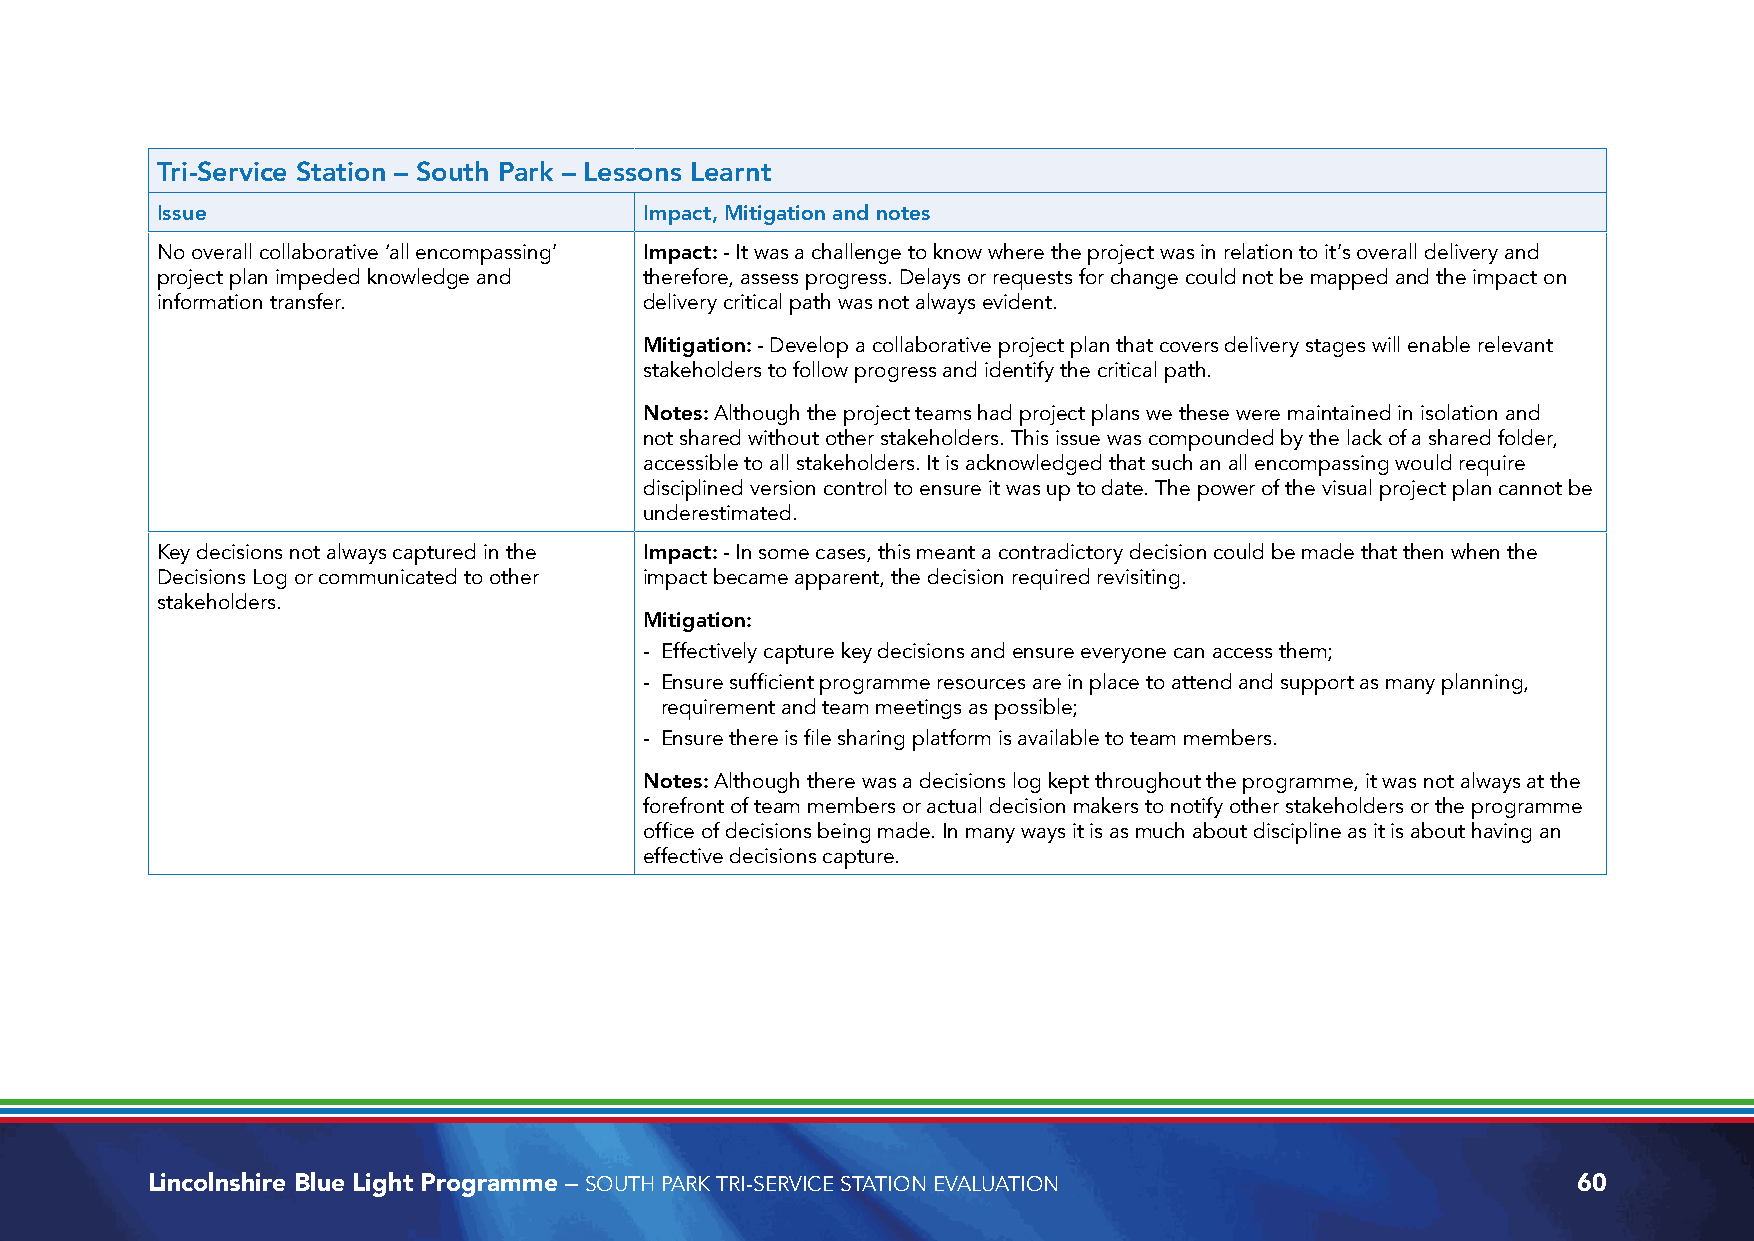
Tri-Service Station – South Park – Lessons Learnt
 Issue                            Impact, Mitigation and notes
 No overall collaborative ‘all encompassing’ Impact: - It was a challenge to know where the project was in relation to it’s overall delivery and
 project plan impeded knowledge and therefore, assess progress. Delays or requests for change could not be mapped and the impact on
 information transfer.            delivery critical path was not always evident.
 Mitigation: - Develop a collaborative project plan that covers delivery stages will enable relevant
 stakeholders to follow progress and identify the critical path.
 Notes: Although the project teams had project plans we these were maintained in isolation and
 not shared without other stakeholders. This issue was compounded by the lack of a shared folder,
 accessible to all stakeholders. It is acknowledged that such an all encompassing would require
 disciplined version control to ensure it was up to date. The power of the visual project plan cannot be
 underestimated.
 Key decisions not always captured in the Impact: - In some cases, this meant a contradictory decision could be made that then when the
 Decisions Log or communicated to other impact became apparent, the decision required revisiting.
 stakeholders.
 Mitigation:
 - Effectively capture key decisions and ensure everyone can access them;
 - Ensure sufficient programme resources are in place to attend and support as many planning,
 requirement and team meetings as possible;
 - Ensure there is file sharing platform is available to team members.
 Notes: Although there was a decisions log kept throughout the programme, it was not always at the
 forefront of team members or actual decision makers to notify other stakeholders or the programme
 office of decisions being made. In many ways it is as much about discipline as it is about having an
 effective decisions capture.
 Lincolnshire Blue Light Programme – SOUTH PARK TRI-SERVICE STATION EVALUATION                 60